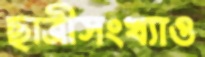
ছাত্রীসংখ্যাও